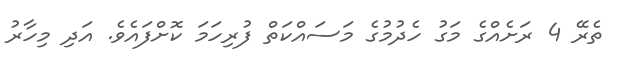
ތެރޭ 4 ރަށެއްގެ މަގު ހެދުމުގެ މަސައްކަތް ފުރިހަމަ ކޮށްފައެވެ. އަދި މިހާރު